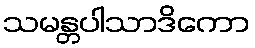
သမန္တပါသာဒိကော